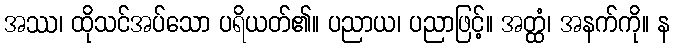
အဿ၊ ထိုသင်အပ်သော ပရိယတ်၏။ ပညာယ၊ ပညာဖြင့်။ အတ္ထံ၊ အနက်ကို။ န